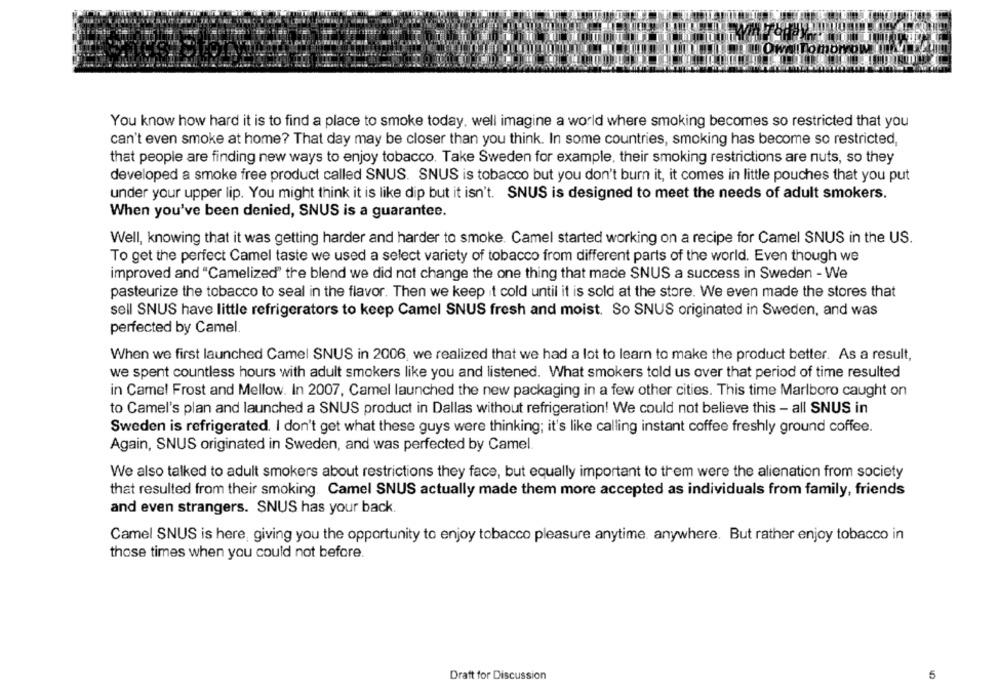
nom
You know how hard it is to find a place to smoke today. well imagine a world where smoking becomes so restricted that you
can't even smoke at home? That day may be closer than you think. In some countries, smoking has become so restricted,
that people are finding new ways to enjoy tobacco. Take Sweden for example, their smoking restrictions are nuts, so they
developed a smoke free product called SNUS. SNUS is tobacco but you don't burn it, it comes in little pouches that you put
under your upper lip. You might think it is like dip but it isn't. SNUS is designed to meet the needs of adult smokers.
When you've been denied, SNUS is a guarantee.
Well, knowing that it was getting harder and harder to smoke. Camel started working on a recipe for Camel SNUS in the US.
To get the perfect Camel taste we used a select variety of tobacco from different parts of the world. Even though we
improved and "Camelized" the blend we did not change the one thing that made SNUS a success in Sweden - We
pasteurize the tobacco to seal in the flavor. Then we keep it cold until it is sold at the store. We even made the stores that
sell SNUS have little refrigerators to keep Camel SNUS fresh and moist. So SNUS originated in Sweden, and was
perfected by Camel.
When we first launched Camel SNUS in 2006, we realized that we had a lot to learn to make the product better. As a result,
we spent countless hours with adult smokers like you and listened. What smokers told us over that period of time resulted
in Camel Frost and Mellow. In 2007, Camel launched the new packaging in a few other cities. This time Marlboro caught on
to Camel's plan and launched a SNUS product in Dallas without refrigeration! We could not believe this - all SNUS in
Sweden is refrigerated. I don't get what these guys were thinking; it's like calling instant coffee freshly ground coffee.
Again, SNUS originated in Sweden, and was perfected by Camel.
We also talked to adult smokers about restrictions they face, but equally important to them were the alienation from society
that resulted from their smoking. Camel SNUS actually made them more accepted as individuals from family, friends
and even strangers. SNUS has your back.
Camel SNUS is here, giving you the opportunity to enjoy tobacco pleasure anytime, anywhere. But rather enjoy tobacco in
those times when you could not before.
Draft for Discussion
5